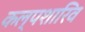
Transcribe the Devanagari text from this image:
कल्पशारिव